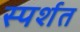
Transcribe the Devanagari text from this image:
स्पर्शत